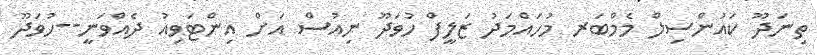
ތިނަދޫ ކައުންސިލް މެމްބަރ މުހައްމަދު ޒަލީފް ހުވަދޫ ނިއުސް އަށް އިންޓަވިއު ދެއްވަނީ--ހުވަދޫ